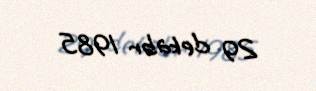
29 dekabr 1985